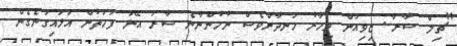
"ޗިލް ސާރާ. ޒިވިއަން މިހާރު ހަނދާންވެސް ނުހުންނާނެ ސާރަ އޭނަ ފަހަތުން އަޅައިގަނެގެން